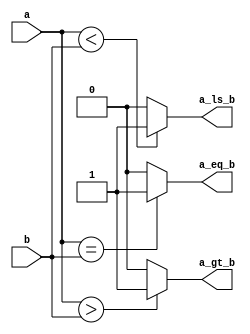
module comparator_4bit(input [3:0] a,b,  output reg  a_gt_b ,  a_eq_b ,  a_ls_b );

always@(a ,b)begin

if(a>b)
   a_gt_b = 1'b1;
 else 
  a_gt_b =1'b0;

if(a == b)
 a_eq_b  = 1'b1;
 else 
a_eq_b =1'b0;

if(a<b)
 a_ls_b =1'b1;
 else 
   a_ls_b =1'b0;
end
endmodule 




module comparator_4bit_tb;

reg [3:0] a, b;
 wire  a_gt_b ,  a_eq_b ,  a_ls_b;

comparator_4bit c(a,b, a_gt_b ,  a_eq_b ,  a_ls_b);
initial
begin

$monitor("a=%b, b=%b, a_gt_b=%b, a_eq_b=%b, a_ls_b=%b", a,b,a_gt_b, a_eq_b, a_ls_b);

a=4'b0001;  b=4'b0010; #15

a=4'b0011;  b=4'b0111; #15

a=4'b0101;  b=4'b0100; #15

a=4'b0000;  b=4'b1111; #15

a=4'b1110;  b=4'b1110;  #15;

$finish;
end
endmodule